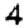
Digit: 4